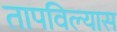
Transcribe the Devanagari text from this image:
तापविल्यास